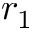
r _ { 1 }